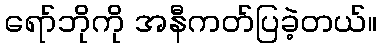
ရော်ဘိုကို အနီကတ်ပြခဲ့တယ်။